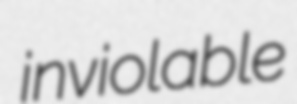
inviolable